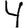
Digit: 4